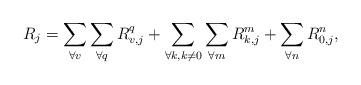
\begin{align*} R_j=\sum\limits_{\forall v}\sum\limits_{\forall q} R_{v,j}^q + \sum\limits_{\forall k, k\ne0}\sum\limits_{\forall m} R_{k,j}^m +\sum\limits_{\forall n} R_{0,j}^n,\end{align*}